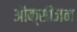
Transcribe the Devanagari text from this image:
औक्सीजन